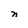
Character: n